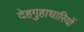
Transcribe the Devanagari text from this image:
देहगुहाधारियों